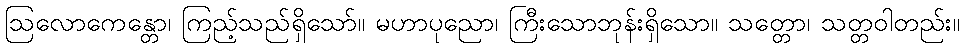
ဩလောကေန္တော၊ ကြည့်သည်ရှိသော်။ မဟာပုညော၊ ကြီးသောဘုန်းရှိသော။ သတ္တော၊ သတ္တဝါတည်း။